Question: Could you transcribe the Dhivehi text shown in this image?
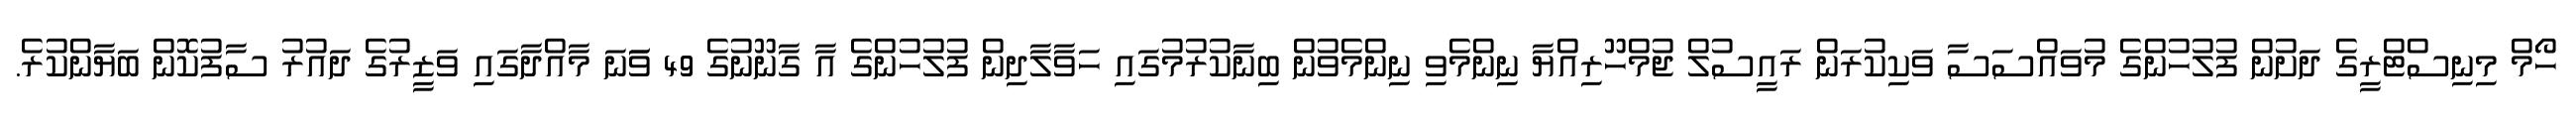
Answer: ހޯމް މިނިސްޓްރީގެ ދަށުން ފުލުހުންގެ މުވައްސަސާ ވަކިކުރަން ރައީސުލް ޖުމްހޫރިއްޔާ ނިންމެވި ނިންމެވުން ބިނާކުރުމުގައި ހަވާލާދިން ފުލުހުންގެ އާ ގާނޫނުގެ 49 ވަަނަ މާއްދާގައި ވަޒީރުގެ ދައުރު ސާފުކޮން ބަޔާންކުރެ.